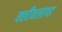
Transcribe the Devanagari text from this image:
क्लीवलाण्ड